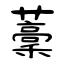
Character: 藳